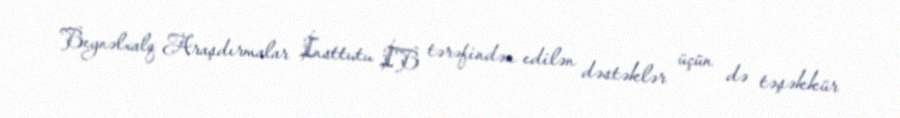
Beynəlxalq Araşdırmalar İnsttutu İB tərəfindən edilən dəstəklər üçün də təşəkkür